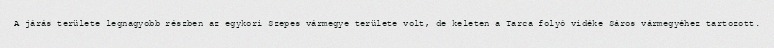
A járás területe legnagyobb részben az egykori Szepes vármegye területe volt, de keleten a Tarca folyó vidéke Sáros vármegyéhez tartozott.